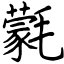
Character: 氋